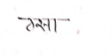
मजकूर: ठसा